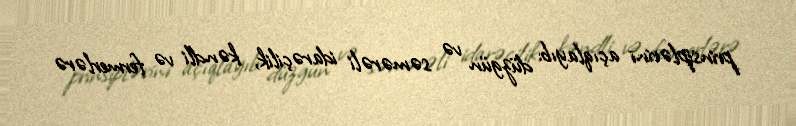
prinsiplərini açıqlayıb: düzgün və səmərəli idarəçilik, kəndli və fermerlərə